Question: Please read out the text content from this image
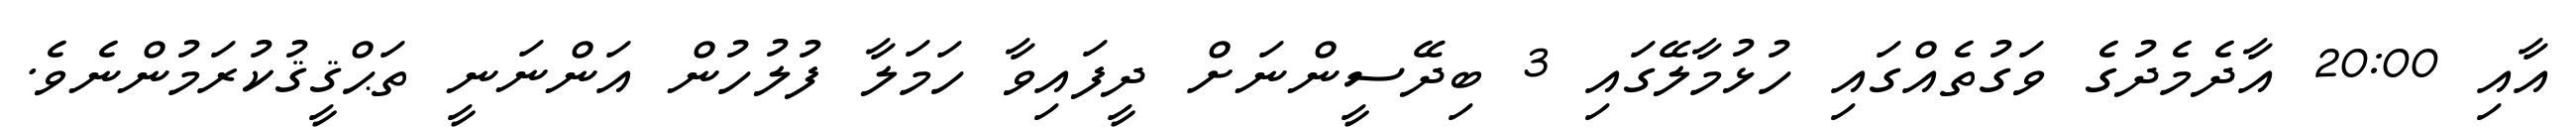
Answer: އާއި 20:00 އާދެމެދުގެ ވަގުތެއްގައި ހުޅުމާލޭގައި 3 ބިދޭސީންނަށް ދީފައިވާ ހަމަލާ ފުލުހުން އަންނަނީ ތަޙްޤީޤުކުރަމުންނެވެ.